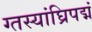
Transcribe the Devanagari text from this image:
ग्तस्यांघ्रिपद्मं